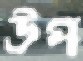
উপ